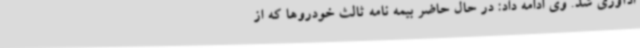
ادآوری شد. وی ادامه داد: در حال حاضر بیمه نامه ثالث خودروها که از